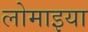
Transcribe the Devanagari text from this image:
लोमाइया